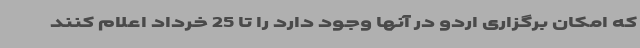
که امکان برگزاری اردو در آنها وجود دارد را تا 25 خرداد اعلام کنند